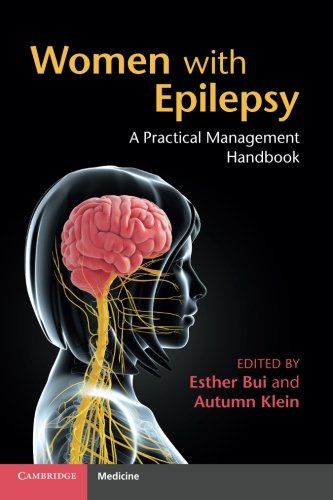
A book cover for Women with Epilepsy: A Practical Management Handbook; Health, Fitness & Dieting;